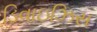
ડિવાઇઝિસ